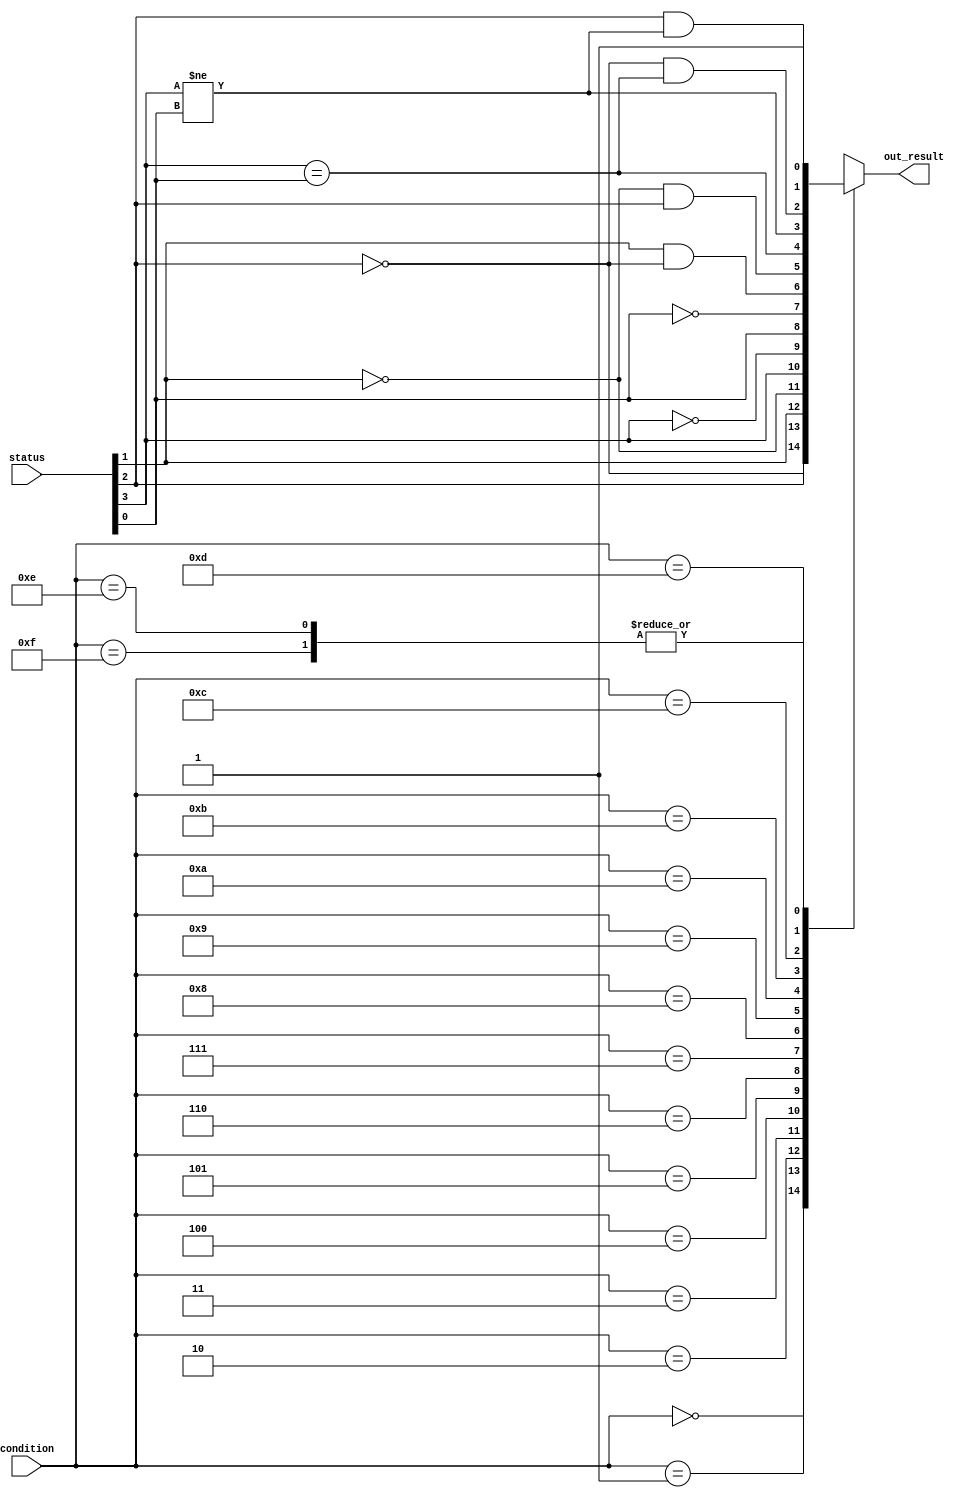
module ConditionCheck (input[3: 0] condition, status, output out_result);

  wire n_flag;
  assign n_flag = status[3];
  wire z_flag;
  assign z_flag = status[2];
  wire c_flag;
  assign c_flag = status[1];
  wire v_flag;
  assign v_flag = status[0];
  reg result;
  assign out_result = result;

  always @ ( condition, status ) begin
  case (condition)
    4'b 0000: result = z_flag ;   // EQ : Equal

    4'b 0001: result = ~z_flag ;  // NE : Not Equal

    4'b 0010: result = c_flag ;   // CS/HS : Carry Set/ Unsigned higher or same

    4'b 0011: result = ~c_flag ;  // CC/LO : Carry clear/ Unsigned lower

    4'b 0100: result = n_flag ;   // MI : Minus/negetive

    4'b 0101: result = ~n_flag ;  // PL: Plus/Posotive or Zero

    4'b 0110: result = v_flag ;   // VS : Overflow

    4'b 0111: result = ~v_flag ;  // VC : no Overflow

    4'b 1000: result = (c_flag & ~z_flag) ;   // HI : Unsigned higher

    4'b 1001: result = (~c_flag & z_flag) ;   // LS : Unsigned Lower or Same

    4'b 1010: result = (n_flag == v_flag) ;   // GE : Signed Grater than or Equal

    4'b 1011: result = (n_flag != v_flag) ;   // LT : Signed Less than

    4'b 1100: result = (~z_flag & (n_flag == v_flag)) ;   // GT : Signed Greater than

    4'b 1101: result = (z_flag & (n_flag != v_flag)) ;   // LE : Signed Less than or Equal

    4'b 1110 , 4'b 1111: result = 1'b 1 ;   // AL : Always

    default: result = 1'b 0;
  endcase
  end

endmodule // ConditionCheck